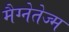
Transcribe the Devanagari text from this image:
मैग्नेतेज्म